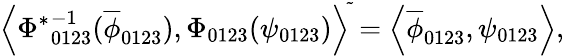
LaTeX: {\left<{\Phi^{\ast}}_{0123}^{-1}(\overline{{{\phi}}}_{0123}),\Phi_{0123}(\psi_{0123})\right>}^{\tilde{}}=\left<\overline{{{\phi}}}_{0123},\psi_{0123}\right>,